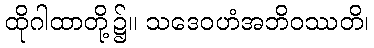
ထိုဂါထာတို့၌။ သဒေဝဟံအဘိဝဿတိ၊